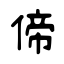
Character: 偙